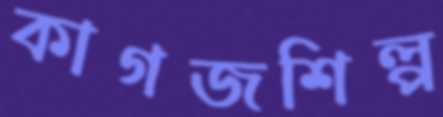
কাগজশিল্প